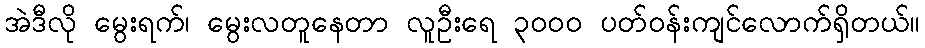
အဲဒီလို မွေးရက်၊ မွေးလတူနေတာ လူဦးရေ ၃၀၀၀ ပတ်ဝန်းကျင်လောက်ရှိတယ်။